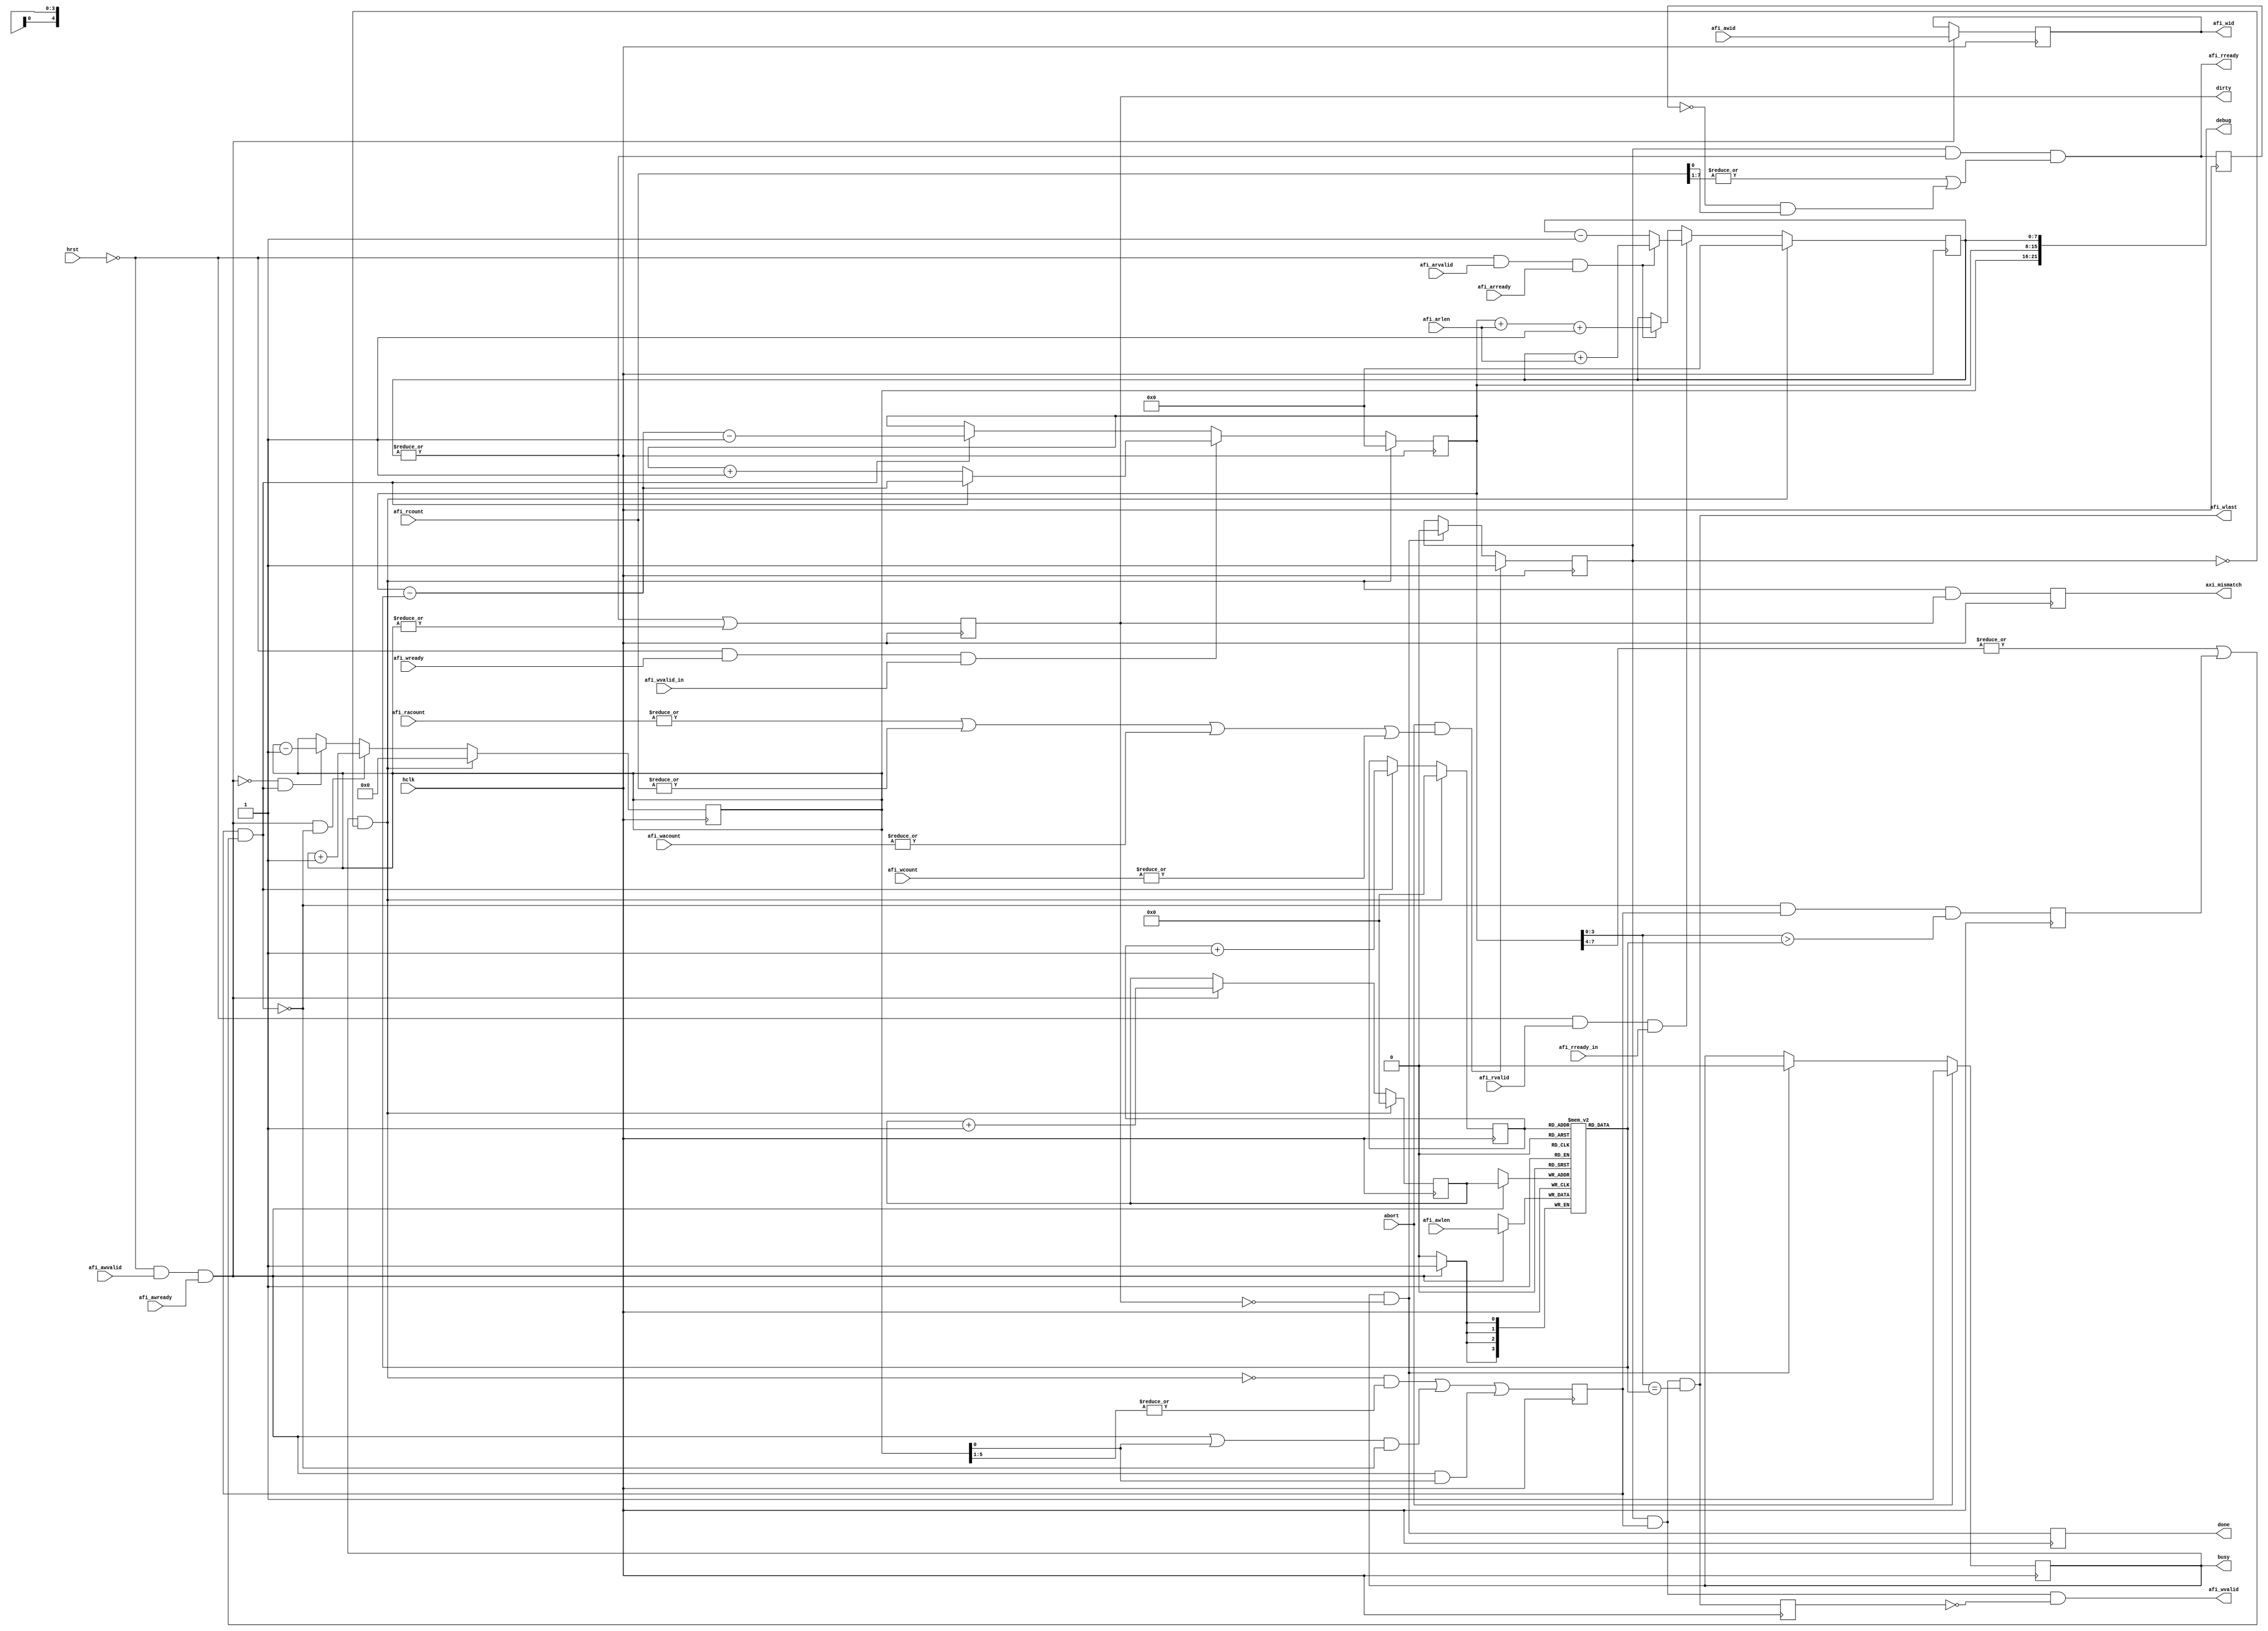
module  axi_hp_abort(
    input             hclk,
    input             hrst,  // just disables processing inputs
    input             abort,
    output            busy, // should disable control of afi_wvalid, afi_awid
    output reg        done,
    input             afi_awvalid, // afi_awready is supposed to be always on when afi_awvalid (caller uses fifo counetrs) ?
    input             afi_awready, //
    input      [ 5:0] afi_awid, 
    input       [3:0] afi_awlen, 
    input             afi_wvalid_in,
    input             afi_wready,
    output            afi_wvalid,
    output reg [ 5:0] afi_wid,
    input             afi_arvalid,
    input             afi_arready,
    input      [ 3:0] afi_arlen,
    input             afi_rready_in,
    input             afi_rvalid,
    output            afi_rready,
    output            afi_wlast,
// TODO:  Try to resolve problems when afi_racount, afi_wacount afi_wcount do not match expected
    input      [ 2:0] afi_racount,
    input      [ 7:0] afi_rcount,
    input      [ 5:0] afi_wacount,
    input      [ 7:0] afi_wcount,
    output reg        dirty,     // single bit to be sampled in different clock domain to see if flushing is needed
    output reg        axi_mismatch,   // calculated as 'dirty' but axi hp counters are 0
    output     [21:0] debug
);
    reg               busy_r;
    wire              done_w = busy_r && !dirty ;
    reg         [3:0] aw_lengths_ram[0:31];
    reg         [4:0] aw_lengths_waddr = 0;
    reg         [4:0] aw_lengths_raddr = 0;
    reg         [5:0] aw_count = 0;
    reg         [7:0] w_count = 0;
    reg         [7:0] r_count = 0;
    reg               adav = 0;
    wire              arwr = !hrst && afi_arvalid && afi_arready;
    wire              drd =  !hrst && afi_rvalid && afi_rready_in;
    wire              awr = !hrst && afi_awvalid && afi_awready;
    reg               ard_r = 0; // additional length read if not much data
    wire              ard = adav && ((|w_count[7:4]) || ard_r);
    wire              wwr = !hrst && afi_wready && afi_wvalid_in;
    reg               afi_rready_r;
    reg               afi_wlast_r; // wait one cycle after last in each burst (just to ease timing)
    reg               busy_aborting; // actually aborting
    wire              reset_counters = busy_r && !busy_aborting;
    assign busy = busy_r;
    
    assign afi_rready = busy_aborting && (|r_count) && ((|afi_rcount[7:1]) || (!afi_rready_r &&  afi_rcount[0]));
    assign afi_wlast =  busy_aborting && adav && (w_count[3:0] == aw_lengths_ram[aw_lengths_raddr]);
    assign afi_wvalid = busy_aborting && adav && !afi_wlast_r;
    assign debug = {aw_count[5:0], w_count[7:0], r_count[7:0]};
    
    // Watch for transactios performed by others (and this one too)
    always @ (posedge hclk) begin
        // read channel
        if (reset_counters) r_count <= 0;
        else if (drd)
             if (arwr)      r_count <= r_count + {4'b0, afi_arlen};
             else           r_count <= r_count - 1;
        else
             if (arwr)      r_count <= w_count  + {4'b0, afi_arlen} + 1;
    
        // write channel
    
        if (awr) afi_wid <= afi_awid; // one command is supposed to use just one awid/wid

        if (awr) aw_lengths_ram [aw_lengths_waddr] <= afi_awlen;

        if (reset_counters) aw_lengths_waddr <= 0;
        else if (awr)       aw_lengths_waddr <= aw_lengths_waddr + 1;

        if (reset_counters) aw_lengths_raddr <= 0;
        else if (ard)       aw_lengths_raddr <= aw_lengths_raddr + 1;
        
        if (reset_counters)    aw_count <= 0;
        else if ( awr && !ard) aw_count <= aw_count + 1;
        else if (!awr &&  ard) aw_count <= aw_count - 1;
        
        adav <= !reset_counters && (|aw_count[5:1]) || ((awr || aw_count[0]) && !ard) || (awr && aw_count[0]);
        
        ard_r <= !ard && adav && (w_count[3:0] > aw_lengths_ram[aw_lengths_raddr]);
        
        if (reset_counters) w_count <= 0;
        else if (wwr)
             if (ard)       w_count <= w_count - {4'b0, aw_lengths_ram[aw_lengths_raddr]};
             else           w_count <= w_count + 1;
        else
             if (ard)       w_count <= w_count - {4'b0, aw_lengths_ram[aw_lengths_raddr]} - 1;
        
        dirty <= (|r_count) || (|aw_count); // assuming w_count can never be non-zero? - no
    end
    
    // flushing part
    always @ (posedge hclk) begin
    
        if      (abort)  busy_r <= 1;
        else if (done_w) busy_r <= 0;

        if      (abort && ((|afi_racount) || (|afi_rcount) || (|afi_wacount) || (|afi_wcount)))  busy_aborting <= 1;
        else if (done_w) busy_aborting <= 0;

        
        done <=  done_w;
        afi_rready_r <= afi_rready;
        afi_wlast_r <=  afi_wlast;
        
        axi_mismatch <= busy && !busy_aborting && dirty;  //  
    end 
    

endmodule